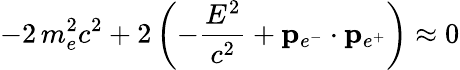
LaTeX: -2\, m_{e}^{2}c^{2}+2\left(-{\frac{E^{2}}{c^{2}}}+\mathbf{p}_{e^{-}}\cdot\mathbf{p}_{e^{+}}\right)\approx 0